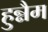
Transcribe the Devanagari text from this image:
हुन्नैम